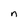
Character: n